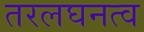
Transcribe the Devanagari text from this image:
तरलघनत्व